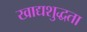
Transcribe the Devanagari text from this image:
खाद्यशुद्धता